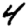
Digit: 4